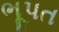
ભૂપત